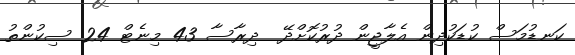
ކަނޑުމަސް ކުޑަކުދިން އެލާޖީން ދުރުކޮށްދޭ  ދިރާސާ 43 މިނެޓް 24 ސިކުންތު